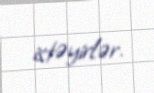
istəyirlər.